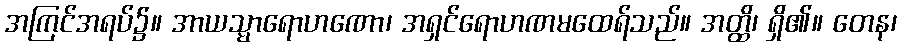
အကြင်အရပ်၌။ အာယသ္မာရောဟဏော၊ အရှင်ရောဟဏမထေရ်သည်။ အတ္ထိ၊ ရှိ၏။ တေန၊